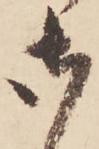
御